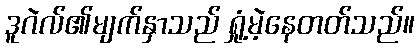
ဒူဂဲလ်၏မျက်နှာသည် ရှုံ့မဲ့နေတတ်သည်။